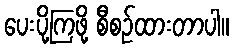
ပေးပို့ကြဖို့ စီစဉ်ထားတာပါ။